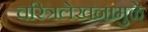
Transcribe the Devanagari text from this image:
चरित्रलेखनामुळे